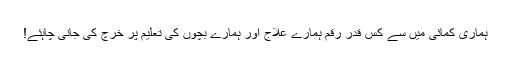
ہماری کمائی میں سے کس قدر رقم ہمارے علاج اور ہمارے بچوں کی تعلیم پر خرچ کی جانی چاہئے!